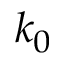
k _ { 0 }